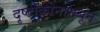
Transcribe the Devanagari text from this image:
दृष्टीकोनामधून